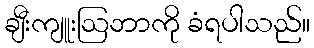
ချီးကျူးဩဘာကို ခံရပါသည်။